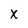
Character: X